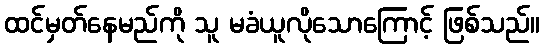
ထင်မှတ်နေမည်ကို သူ မခံယူလိုသောကြောင့် ဖြစ်သည်။